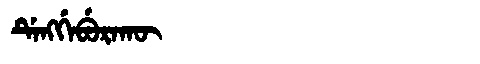
Manchu: ᡩᡝᠩᡤᡝᠪᡠᡵᠠᡴᡡ
Romanization: DENGGEBURAKŪ